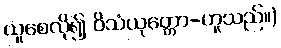
ယူစေလို၍ ဝိသံယုတ္တော-ဟူသည်။)